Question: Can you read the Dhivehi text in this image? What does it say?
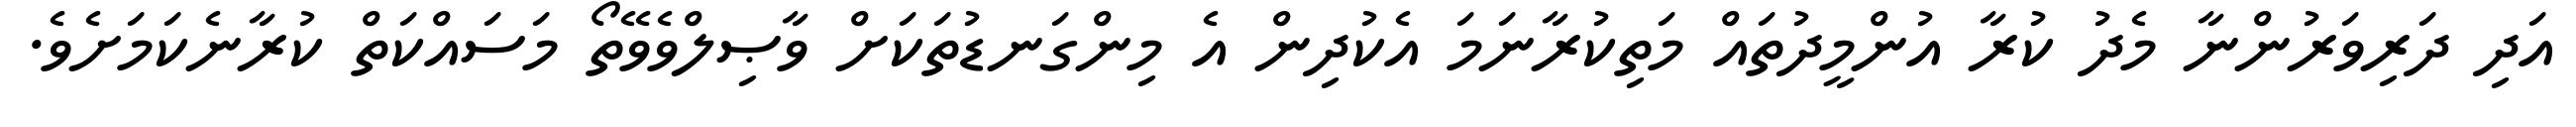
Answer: އަދި ދަރިވަރުންނާ މެދު ކުރާ އުންމީދުތައް މަތިކުރާނަމަ އެކުދިން އެ މިންގަނޑުތަކަށް ވާޞިލްވެވޭތޯ މަސައްކަތް ކުރާނެކަމަށެވެ.